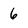
Character: 6